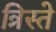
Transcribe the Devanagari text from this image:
त्रिस्ते